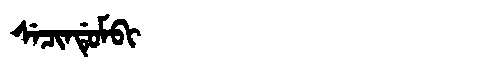
Manchu: ᠰᡝᠴᡳᠨᡩᡠᠮᠪᡳ
Romanization: SECINDUMBI